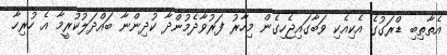
އެތާތިބި ޑްރަގުގެ އެކިއެކި ވަބާގައިޖެހިގެން މިހާރު ފަރުވާދެމުންދާ ކުދިންނާ ބައްދަލުކުރީމާ އެ ހުރިހާ